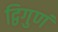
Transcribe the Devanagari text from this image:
द्विगुणं